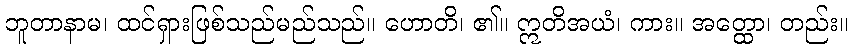
ဘူတာနာမ၊ ထင်ရှားဖြစ်သည်မည်သည်။ ဟောတိ၊ ၏။ ဣတိအယံ၊ ကား။ အတ္ထော၊ တည်း။